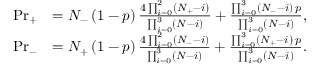
\begin{array} { r l } { \mathrm { P r } _ { + } } & { = N _ { - } \left( 1 - p \right) \frac { 4 \prod _ { i = 0 } ^ { 2 } \left( N _ { + } - i \right) } { \prod _ { i = 0 } ^ { 3 } \left( N - i \right) } + \frac { \prod _ { i = 0 } ^ { 3 } \left( N _ { - } - i \right) \, p } { \prod _ { i = 0 } ^ { 3 } \left( N - i \right) } , } \\ { \mathrm { P r } _ { - } } & { = N _ { + } \left( 1 - p \right) \frac { 4 \prod _ { i = 0 } ^ { 2 } \left( N _ { - } - i \right) } { \prod _ { i = 0 } ^ { 3 } \left( N - i \right) } + \frac { \prod _ { i = 0 } ^ { 3 } \left( N _ { + } - i \right) \, p } { \prod _ { i = 0 } ^ { 3 } \left( N - i \right) } . } \end{array}